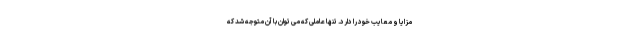
مزایا و معایب خود را دارد. تنها عاملی که می توان با آن متوجه شد که